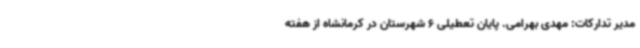
مدیر تدارکات: مهدی بهرامی. پایان تعطیلی 6 شهرستان در کرمانشاه از هفته